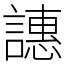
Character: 譓